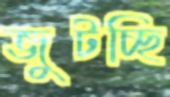
জুটচ্ছি